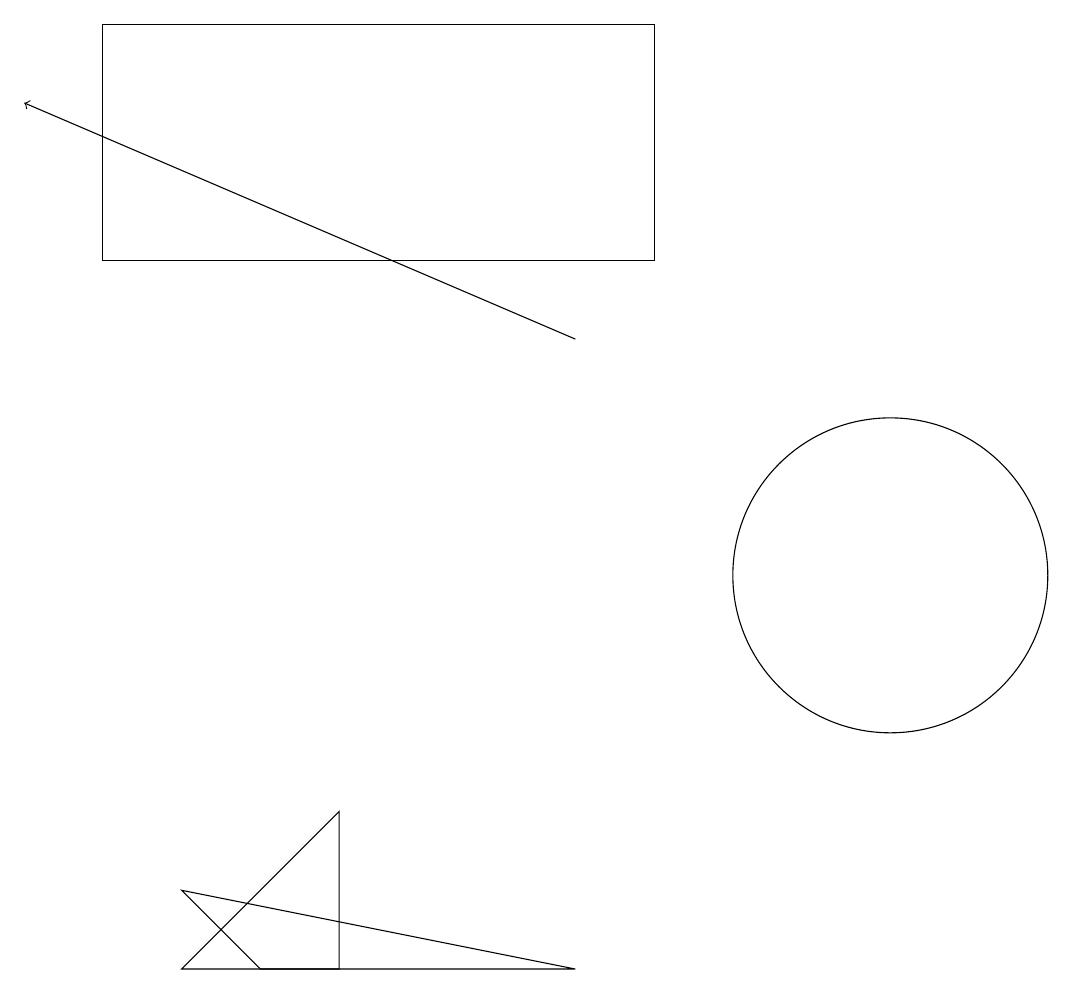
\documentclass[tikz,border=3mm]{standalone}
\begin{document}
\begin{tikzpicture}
\draw (4,6) -- (4,8) -- (2,6) -- cycle;
\draw[->] (7,14) -- (0,17);
\draw (11,11) circle (2);
\draw (2,7) -- (3,6) -- (7,6) -- cycle;
\draw (1,18) rectangle (8,15);
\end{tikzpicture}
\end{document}